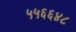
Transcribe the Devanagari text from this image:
५५६६४८